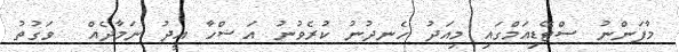
މާފަންނު ސްޓޭޑިއަމްގައި މިއަދު ހެނދުނު ކުރެވުނު އަޟްހާ އީދު ނަމާދެއް  ވަގުތު